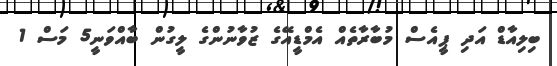
ބިލިއާޑް އަދި ޕީއެސް މުބާރާތެއް އެމްޑީއޭގެ ޒުވާނުންގެ ލީގުން ބާއްވަނީ5 މަސް 1